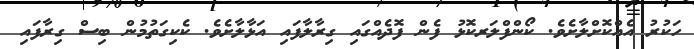
ހަކުރު އެއްކޮށްލާށެވެ. ކޯންފްލަރކޮޅު ފެން ފޮދެއްގައި ގިރާލާފައި އަޅާލާށެވެ. ކެކިގަތުމުން ބިސް ގިރާފައި